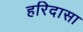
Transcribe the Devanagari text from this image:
हरिदासा